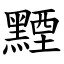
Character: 黫